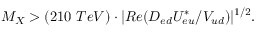
M _ { X } > ( 2 1 0 ~ T e V ) \cdot | R e ( { { \cal D } _ { e d } { \cal U } _ { e u } ^ { * } } / { V _ { u d } } ) | ^ { 1 / 2 } .